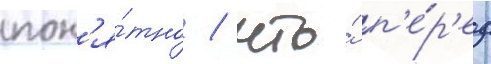
пон'я́тно / что́ п'е́р'ед